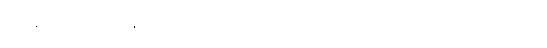
ပြန်နစ်ခြင်းငှာ အလိုရှိသည်။ အဟောသိ၊ ဖြစ်၏။ အထ ခေါ၊ ထိုအခါ၌။